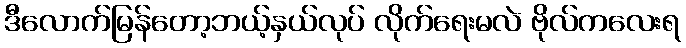
ဒီလောက်မြန်တော့ဘယ့်နှယ်လုပ် လိုက်ရေးမလဲ ဗိုလ်ကလေးရ